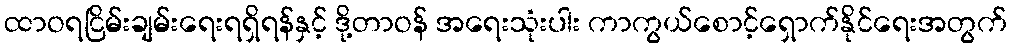
ထာဝရငြိမ်းချမ်းရေးရရှိရန်နှင့် ဒို့တာဝန် အရေးသုံးပါး ကာကွယ်စောင့်ရှောက်နိုင်ရေးအတွက်